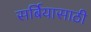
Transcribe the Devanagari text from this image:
सर्बियासाठी